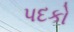
પદકો